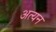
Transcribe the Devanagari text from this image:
अत्यन